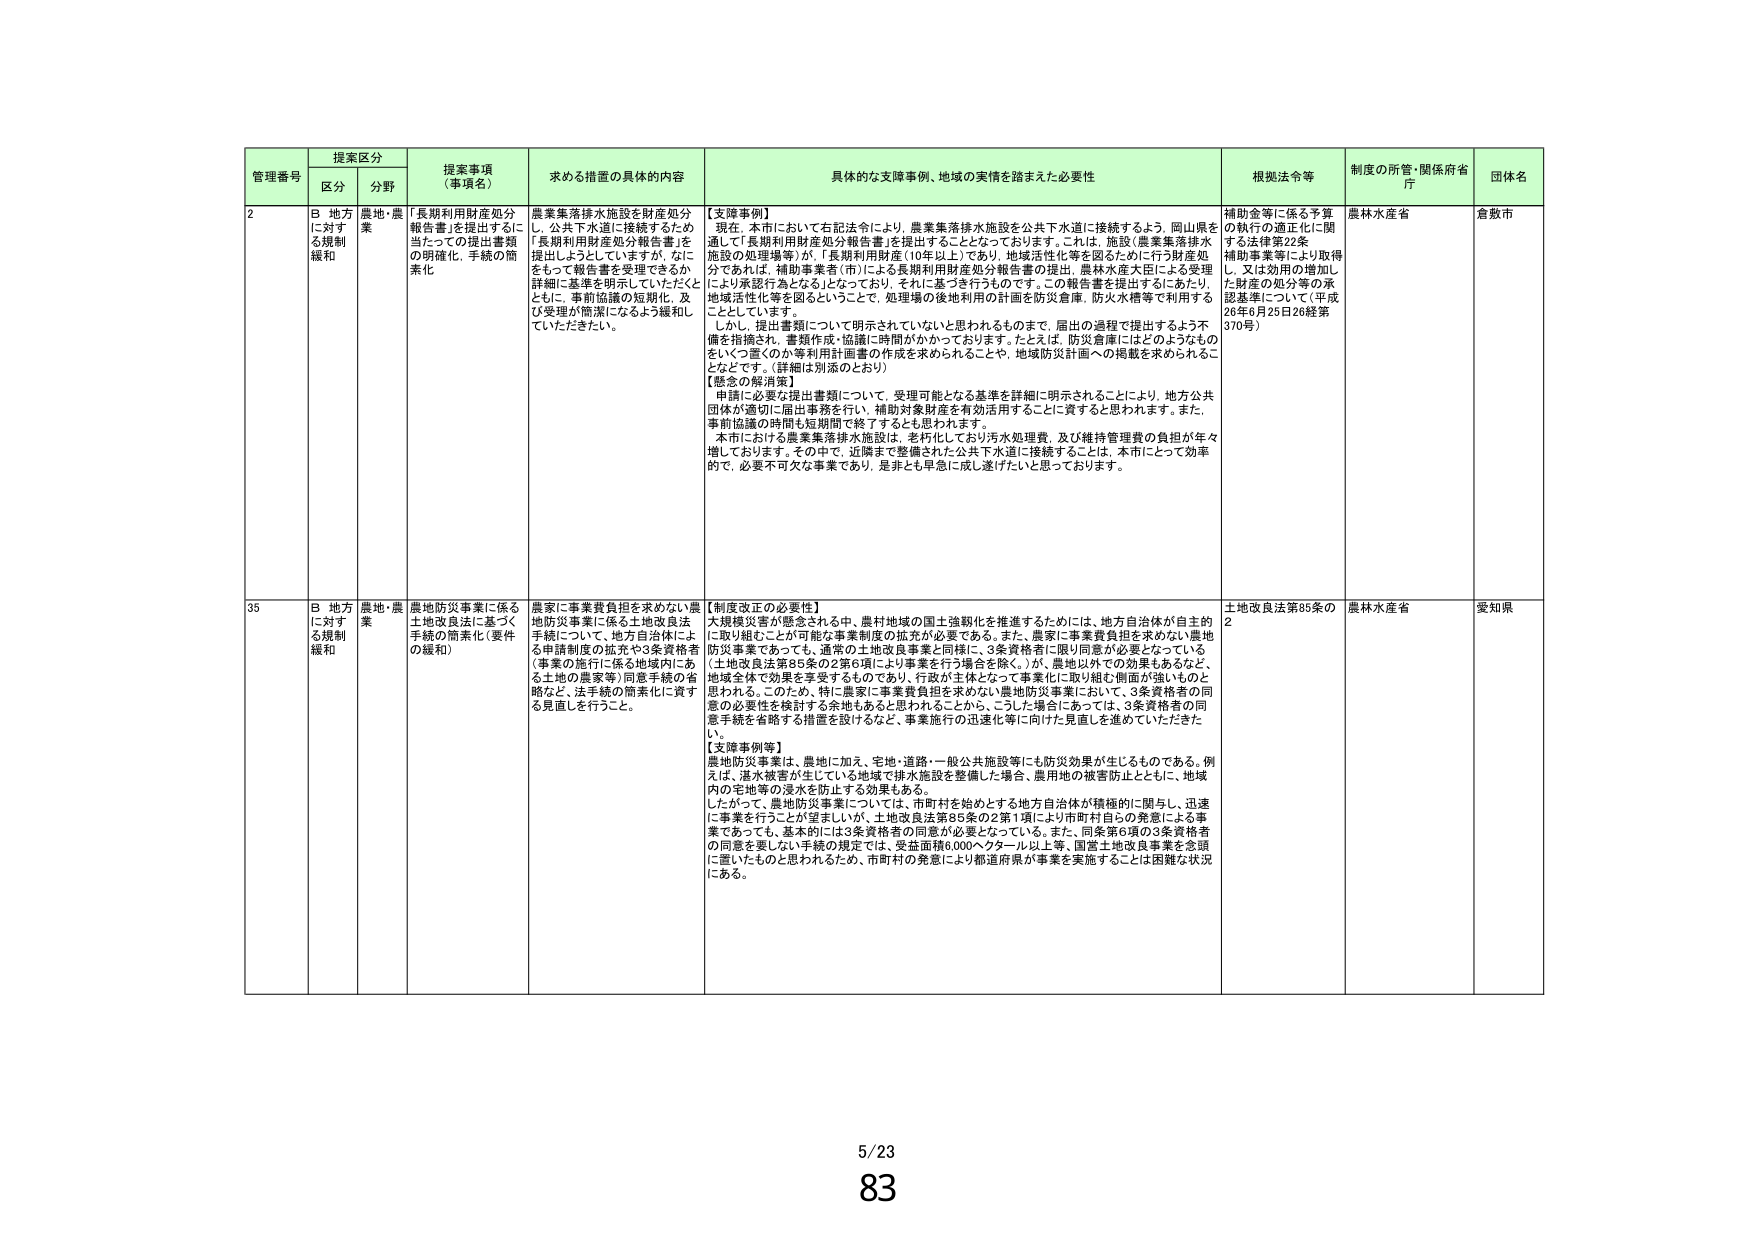
管理番号 提案区分 提案事項（事項名） 求める措置の具体的内容 具体的な支障事例、地域の実情を踏まえた必要性 根拠法令等 制度の所管・関係府省庁 団体名
区分 分野
2 B 地方に対する規制緩和 農地・農業 「長期利用財産処分報告書」を提出するに当たっての提出書類の明確化、手続の簡素化 農業集落排水施設を財産処分し、公共下水道に接続するため「長期利用財産処分報告書」を提出しようとしていますが、なにをもって報告書を受理できるか詳細に基準を明示していただくとともに、事前協議の短期化、及び受理が簡潔になるよう緩和していただきたい。 【支障事例】 現在、本市において右記法令により、農業集落排水施設を公共下水道に接続するよう、岡山県を通じて「長期利用財産処分報告書」を提出することとなっております。これは、施設（農業集落排水施設の処理場等）が、「長期利用財産（10年以上）であり、地域活性化等を図るために行う財産処分であれば、補助事業者（市）による長期利用財産処分報告書の提出、農林水産大臣による受理により承認行為となる」となっております。それに基づき行うもので、この報告書を提出するにあたり、地域活性化等を図るということで、処理場の後地利用の計画を防災倉庫、防火水槽等で利用することとしています。 しかし、提出書類について明示されていないと思われるものまで、届出の過程で提出するよう不備を指摘され、書類作成・協議に時間がかかっております。たとえば、防災倉庫にはどのようなものをいつ置くのか等利用計画書の作成を求められることや、地域防災計画への掲載を求められるこ となどです。（詳細は別添のとおり） 【概念の解消策】 申請に必要な提出書類について、受理可能となる基準を詳細に明示されることにより、地方公共団体が適切に届出事務を行い、補助対象財産を有効活用することに資すると思われます。また、事前協議の時間も短期間で終了するとも思われます。 本市における農業集落排水施設は、老朽化しており汚水処理費、及び維持管理費の負担が年々増しております。その中で、近隣まで整備された公共下水道に接続することは、本市にとって効率的で、必要不可欠な事業であり、是非とも早急に成し遂げたいと思っております。 補助金等に係る予算の執行の適正化に関する法律第22条 補助事業等により取得し、又は効用の増加した財産の処分等の承認基準について（平成26年6月25日26経第370号） 農林水産省 倉敷市
35 B 地方に対する規制緩和 農地・農業 農地防災事業に係る土地改良法に基づく手続の簡素化（要件の緩和） 農家に事業費負担を求めない農地防災事業に係る土地改良法手続について、地方自治体による申請制度の拡充や3条資格者（事業の施行に係る地域内にある土地の農家等）同意手続の省略など、法手続の簡素化に資する見直しを行うこと。 【制度改正の必要性】 大規模災害が懸念される中、農村地域の国土強靭化を推進するためには、地方自治体が自主的に取り組むことが可能な事業制度の拡充が必要である。また、農家に事業費負担を求めない農地防災事業であっても、通常の土地改良事業と同様に、3条資格者に限り同意が必要となっている（土地改良法第85条の2第6項により事業を行う場合を除く。）が、農地以外での効果もあるなど、地域全体で効果を享受するものであり、行政が主体となって事業化に取り組む側面が強いものと思われる。このため、特に農家に事業費負担を求めない農地防災事業において、3条資格者の同意の必要性を検討する余地もあると思われることから、こうした場合にあっては、3条資格者の同意手続を省略する措置を設けるなど、事業施行の迅速化等に向けた見直しを進めていただきたい。 【支障事例等】 農地防災事業は、農地に加え、宅地・道路・一部公共施設等にも防災効果が生じるものである。例えば、湛水被害が生じている地域で排水施設を整備した場合、農用地の被害防止とともに、地域内の宅地等の浸水を防止する効果もある。 したがって、農地防災事業については、市町村を始めとする地方自治体が積極的に関与し、迅速に事業を行うことが望ましいが、土地改良法第85条の2第1項により市町村自らの発意による事業であっても、基本的には3条資格者の同意が必要となっている。また、同条第6項の3条資格者の同意を要しない手続の規定では、受益面積6,000ヘクタール以上等、国営土地改良事業を念頭に置いたものと思われるため、市町村の発意により都道府県が事業を実施することは困難な状況にある。 土地改良法第85条の2 農林水産省 愛知県
5/23 83